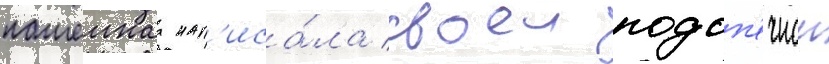
пашеннаа нап'иса́ла своеи подоп'ечнои